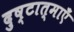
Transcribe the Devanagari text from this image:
दुष्टात्माएँ